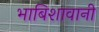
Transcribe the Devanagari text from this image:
भाबिशावानी